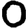
Digit: 0